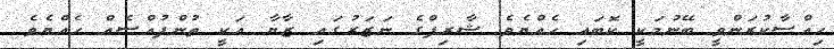
ހިއްސާކުރަންވީ ބޭނުމަކީ ކޮބައި ހެއްޔެވެ ޝާރިފްގެ ނަޒަރުގައި ޒާޔާ އަކީ ތުންފުއްސެއް ހެއްޔެވެ